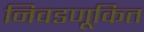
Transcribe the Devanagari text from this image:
निवडणूकित